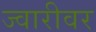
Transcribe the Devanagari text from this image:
ज्वारीवर